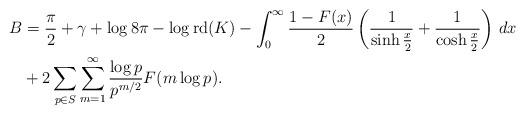
LaTeX: \begin{align*}B &= \frac{\pi}{2} + \gamma + \log{8\pi} - \log \operatorname{rd}(K) - \int_0^\infty \frac{1-F(x)}{2}\left( \frac{1}{\sinh{\frac{x}{2}}} + \frac{1}{\cosh{\frac{x}{2}}} \right) \, dx \\ & + 2 \sum_{p \in S} \sum_{m=1}^\infty \frac{\log p}{p^{m/2}}F(m \log p).\end{align*}